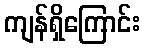
ကျန်ရှိကြောင်း